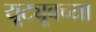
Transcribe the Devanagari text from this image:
यूट्यूबच्या